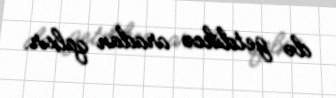
də getdikcə aradan qalxır.